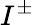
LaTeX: I^{\pm}